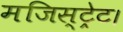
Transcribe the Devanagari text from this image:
मजिस्ट्रेट।